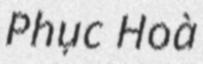
Phục Hoà